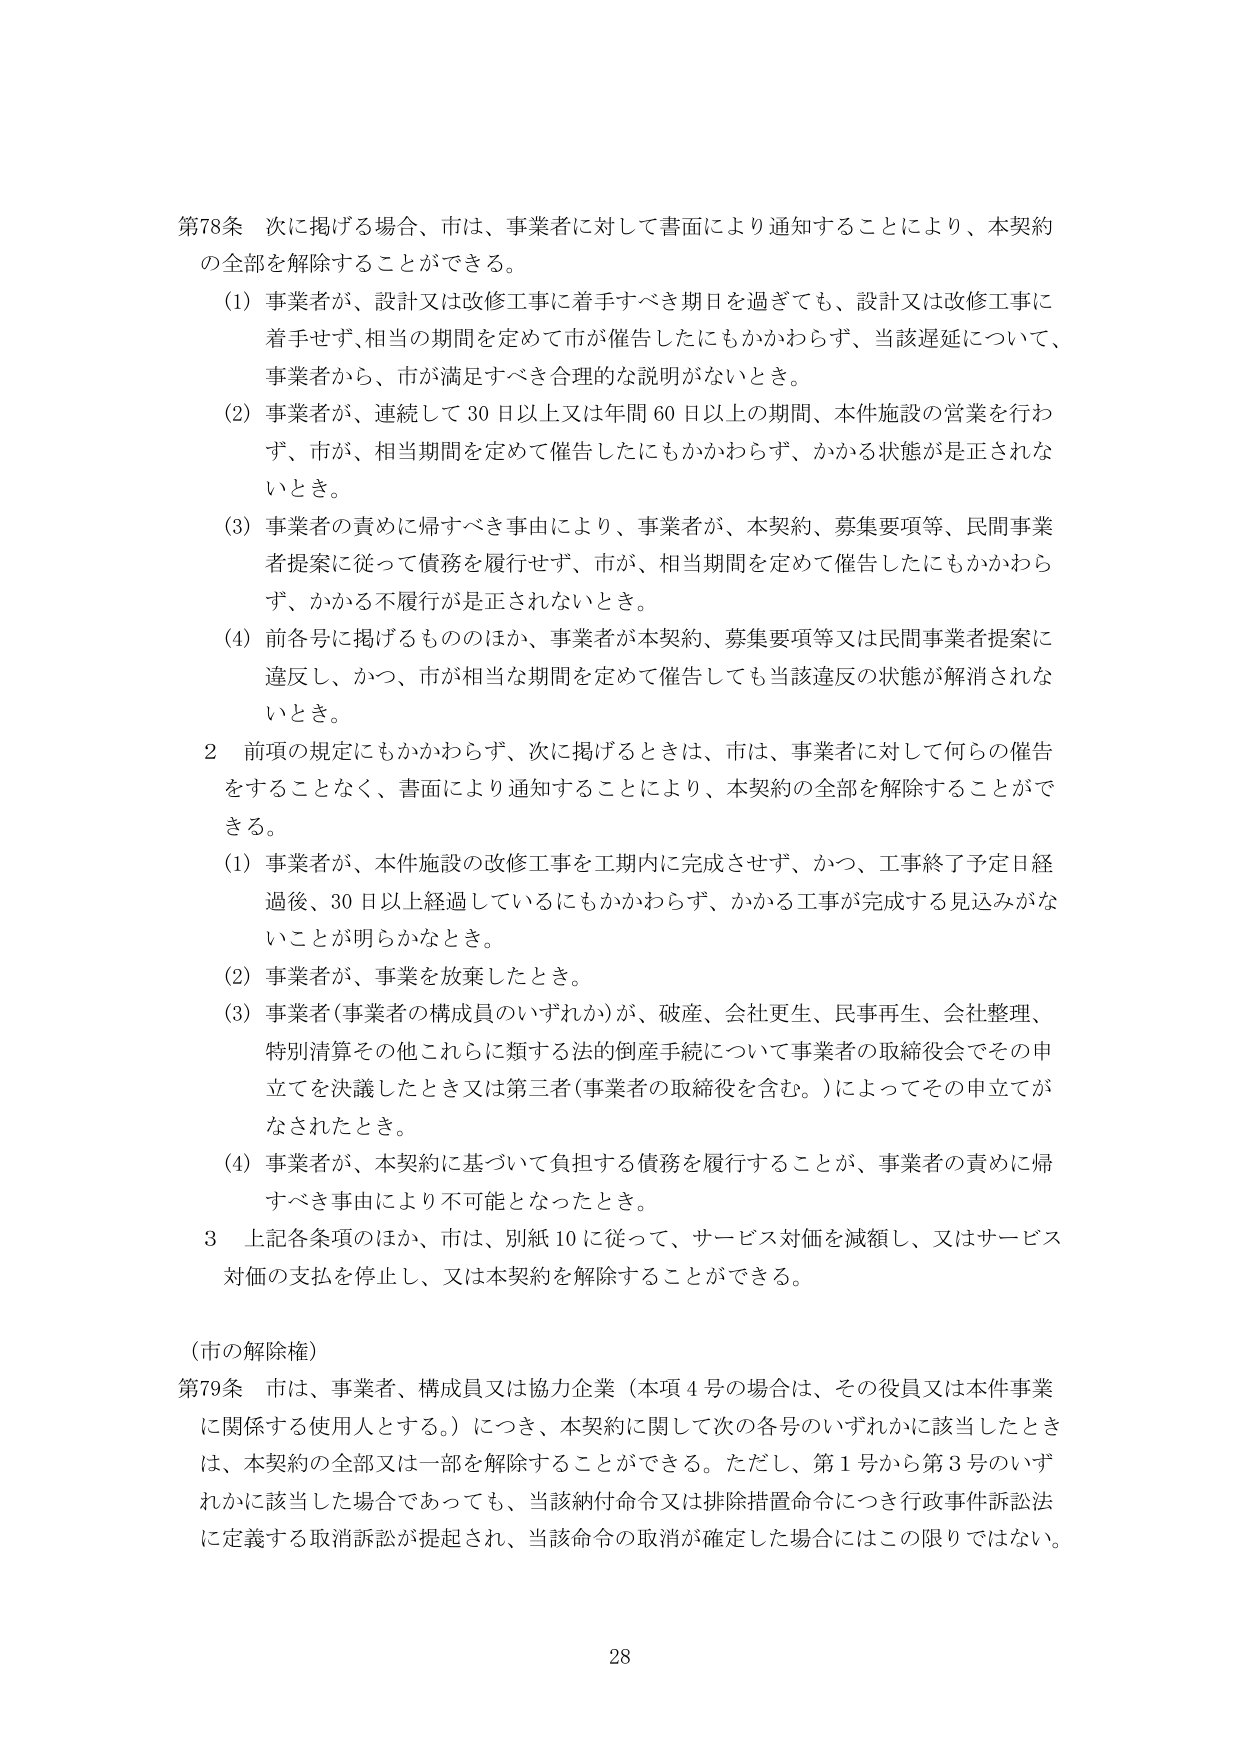
第78条 次に掲げる場合、市は、事業者に対して書面により通知することにより、本契約の全部を解除することができる。

(1) 事業者が、設計又は改修工事に着手すべき期日を過ぎても、設計又は改修工事に着手せず、相当の期間を定めて市が催告したにもかかわらず、当該遅延について、事業者から、市が満足すべき合理的な説明がないとき。

(2) 事業者が、連続して30日以上又は年間60日以上の期間、本件施設の営業を行わず、市が、相当期間を定めて催告したにもかかわらず、かかる状態が是正されないとき。

(3) 事業者の責めに帰すべき事由により、事業者が、本契約、募集要項等、民間事業者提案に従って債務を履行せず、市が、相当期間を定めて催告したにもかかわらず、かかる不履行が是正されないとき。

(4) 前各号に掲げるもののほか、事業者が本契約、募集要項等又は民間事業者提案に違反し、かつ、市が相当な期間を定めて催告しても当該違反の状態が解消されないとき。

2 前項の規定にもかかわらず、次に掲げるときは、市は、事業者に対して何らの催告をすることなく、書面により通知することにより、本契約の全部を解除することができる。

(1) 事業者が、本件施設の改修工事を工期内に完成させず、かつ、工事終了予定日経過後、30日以上経過しているにもかかわらず、かかる工事が完成する見込みがないことが明らかなとき。

(2) 事業者が、事業を放棄したとき。

(3) 事業者（事業者の構成員のいずれか）が、破産、会社更生、民事再生、会社整理、特別清算その他これらに類する法的倒産手続について事業者の取締役会でその申立てを決議したとき又は第三者（事業者の取締役を含む。）によってその申立てがなされたとき。

(4) 事業者が、本契約に基づいて負担する債務を履行することが、事業者の責めに帰すべき事由により不可能となったとき。

3 上記各条項のほか、市は、別紙10に従って、サービス対価を減額し、又はサービス対価の支払を停止し、又は本契約を解除することができる。

（市の解除権）

第79条 市は、事業者、構成員又は協力企業（本項4号の場合は、その役員又は本件事業に関係する使用人とする。）につき、本契約に関して次の各号のいずれかに該当したときは、本契約の全部又は一部を解除することができる。ただし、第1号から第3号のいずれかに該当した場合であっても、当該納付命令又は排除措置命令につき行政事件訴訟法に定義する取消訴訟が提起され、当該命令の取消が確定した場合にはこの限りではない。

28